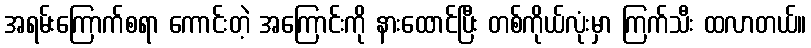
အရမ်းကြောက်စရာ ကောင်းတဲ့ အကြောင်းကို နားထောင်ပြီး တစ်ကိုယ်လုံးမှာ ကြက်သီး ထလာတယ်။